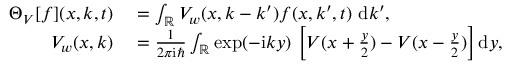
\begin{array} { r l } { \Theta _ { V } [ f ] ( x , k , t ) } & { { } = \int _ { \mathbb { R } } V _ { w } ( x , k - { k ^ { \prime } } ) f ( x , k ^ { \prime } , t ) ~ \mathrm { d } k ^ { \prime } , } \\ { V _ { w } ( x , k ) } & { { } = \frac { 1 } { 2 \pi \mathrm { i } \hbar } \int _ { \mathbb { R } } \exp ( - \mathrm { i } k y ) \, \left[ V ( x + \frac { y } { 2 } ) - V ( x - \frac { y } { 2 } ) \right] \mathrm { d } y , } \end{array}